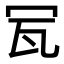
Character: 𤬦